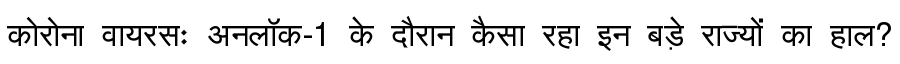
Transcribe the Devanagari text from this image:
कोरोना वायरसः अनलॉक-1 के दौरान कैसा रहा इन बड़े राज्यों का हाल?